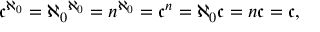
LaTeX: { \mathfrak { c } } ^ { \aleph _ { 0 } } = { \aleph _ { 0 } } ^ { \aleph _ { 0 } } = n ^ { \aleph _ { 0 } } = { \mathfrak { c } } ^ { n } = \aleph _ { 0 } { \mathfrak { c } } = n { \mathfrak { c } } = { \mathfrak { c } } ,